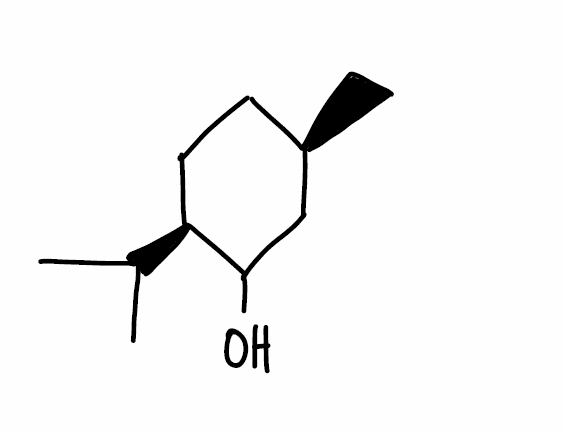
Simplified molecular-input line-entry system (SMILES) notation of the given molecule:
C[C@@H]1CC[C@@H](C(C1)O)C(C)C